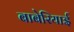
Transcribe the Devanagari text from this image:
बाबेरियाई